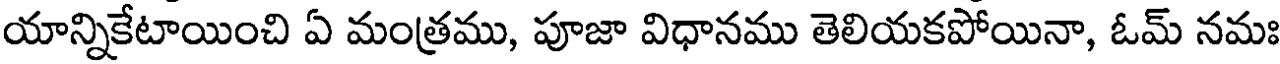
యాన్నికేటాయించి ఏ మంత్రము, పూజా విధానము తెలియకపోయినా, ఓమ్ నమః